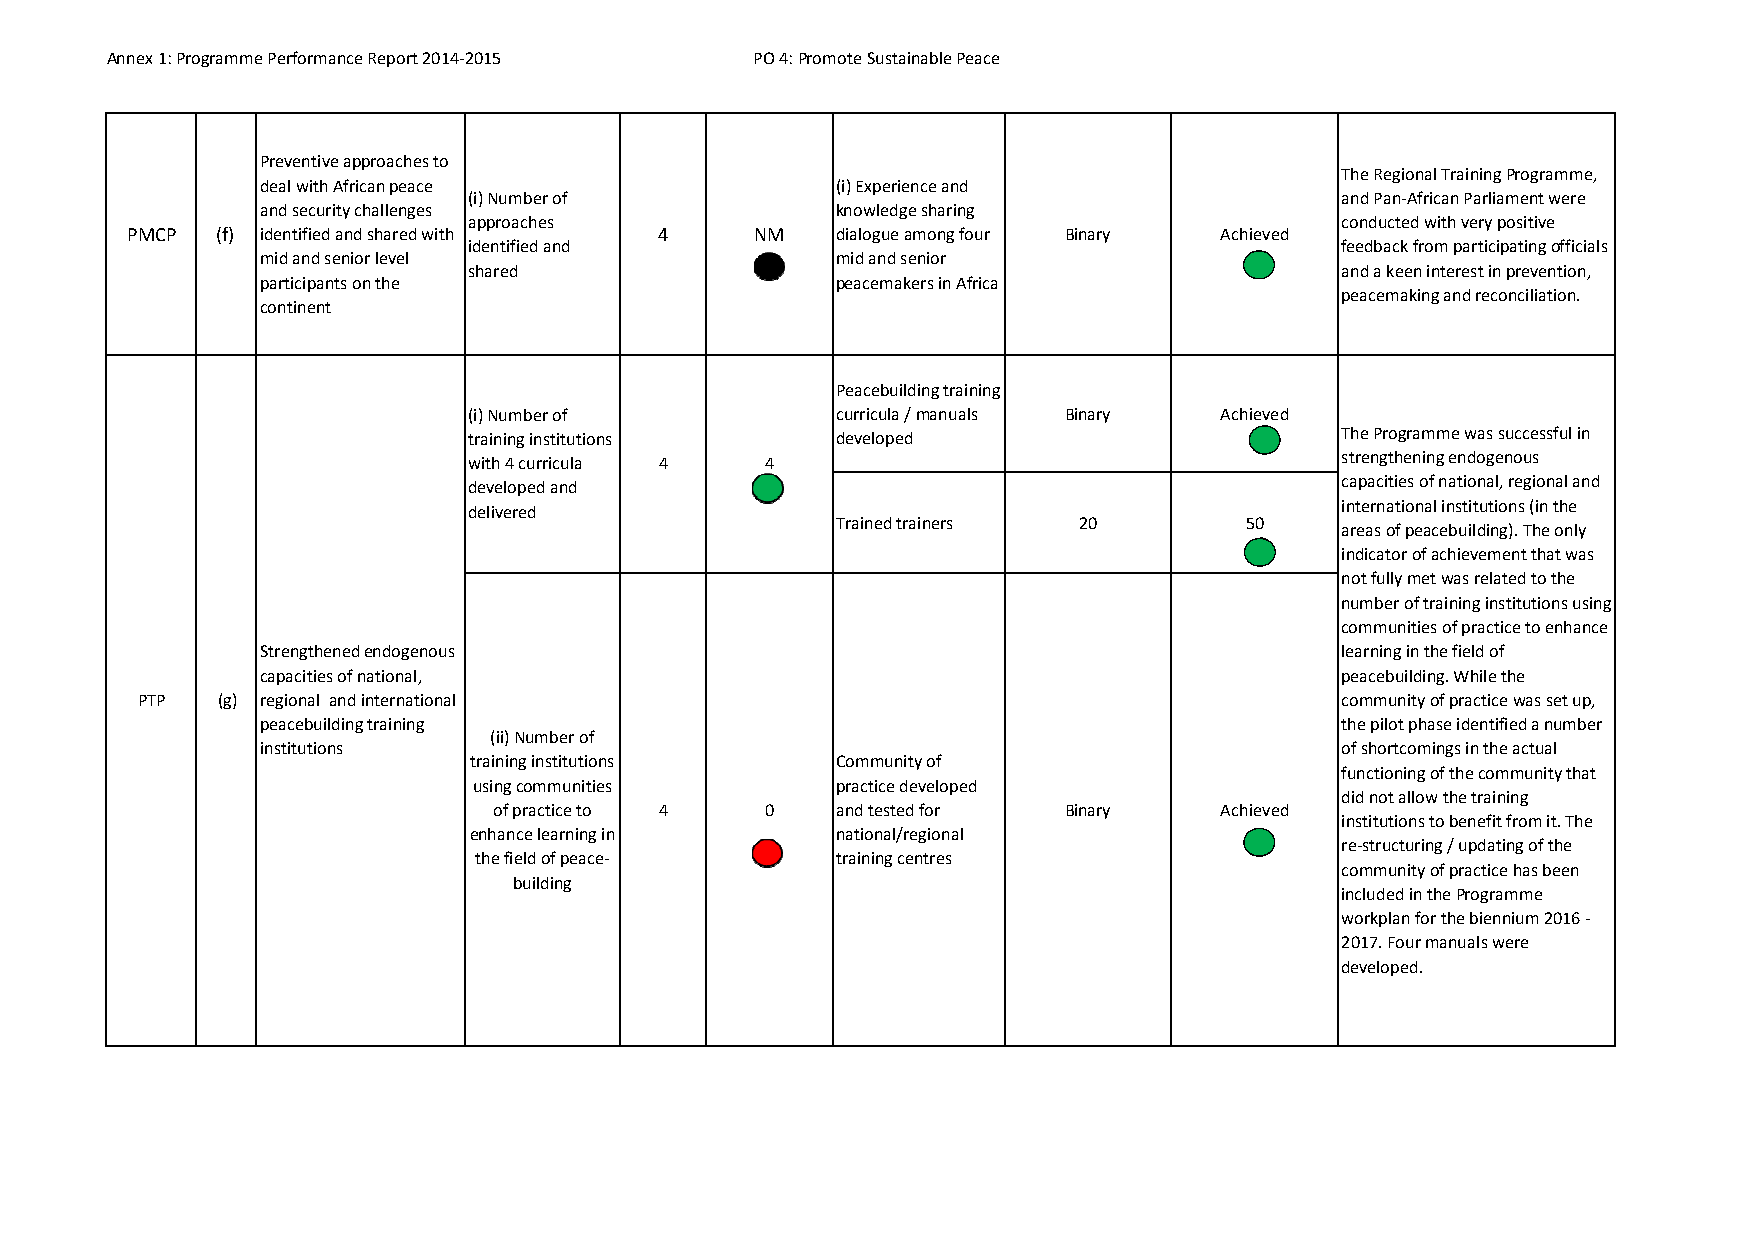
Annex 1: Programme Performance Report 2014‐2015 PO 4: Promote Sustainable Peace
 Preventive approaches to
 The Regional Training Programme,
 deal with African peace               (i) Experience and
 (i) Number of                                             and Pan‐African Parliament were
 and security challenges               knowledge sharing
 approaches                                                conducted with very positive
 PMCP  (f) identified and shared with 4    NM   dialogue among four Binary Achieved
 identified and                                            feedback from participating officials
 mid and senior level                  mid and senior
 shared                                                    and a keen interest in prevention,
 participants on the                   peacemakers in Africa
 peacemaking and reconciliation.
 continent
 Peacebuilding training
 (i) Number of           curricula / manuals Binary Achieved
 training institutions   developed                         The Programme was successful in
 with 4 curricula 4  4                                     strengthening endogenous
 developed and                                             capacities of national, regional and
 delivered                                                 international institutions (in the
 Trained trainers 20        50
 areas of peacebuilding). The only
 indicator of achievement that was
 not fully met was related to the
 number of training institutions using
 communities of practice to enhance
 Strengthened endogenous                                                 learning in the field of
 capacities of national,                                                 peacebuilding. While the
 PTP  (g) regional and international                                             community of practice was set up,
 peacebuilding training                                                  the pilot phase identified a number
 (ii) Number of
 institutions                                                            of shortcomings in the actual
 training institutions   Community of
 functioning of the community that
 using communities       practice developed
 did not allow the training
 of practice to 4  0   and tested for Binary     Achieved
 institutions to benefit from it. The
 enhance learning in     national/regional
 re‐structuring / updating of the
 the field of peace‐     training centres
 community of practice has been
 building
 included in the Programme
 workplan for the biennium 2016 ‐
 2017. Four manuals were
 developed.